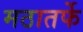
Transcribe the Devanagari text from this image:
मठातर्फे